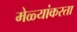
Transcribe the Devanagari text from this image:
मेळ्यांकरता